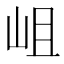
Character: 岨